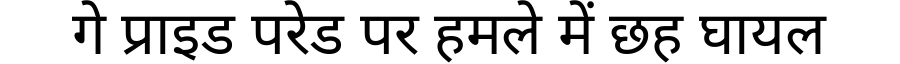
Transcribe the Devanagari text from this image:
गे प्राइड परेड पर हमले में छह घायल